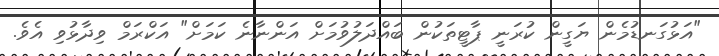
"އަޅުގަނޑުމެން ޔަގީން ކުރަނީ ޕާޓީތަކުން ބައްދަލުވުމަށް އަންނާނެ ކަމަށް" އަކްރަމް ވިދާޅުވި އެވެ.